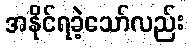
အနိုင်ရခဲ့သော်လည်း